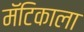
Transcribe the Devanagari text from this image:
मॅटिकाला